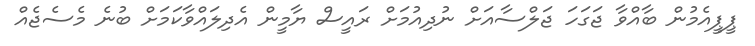
ޕީޕީއެމުން ބާއްވާ ޖަގަހަ ޖަލްސާއަށް ނުދިއުމަށް ރައީސް ޔާމީން އެދިލައްވާކަމަށް ބުނެ މެސެޖެއް